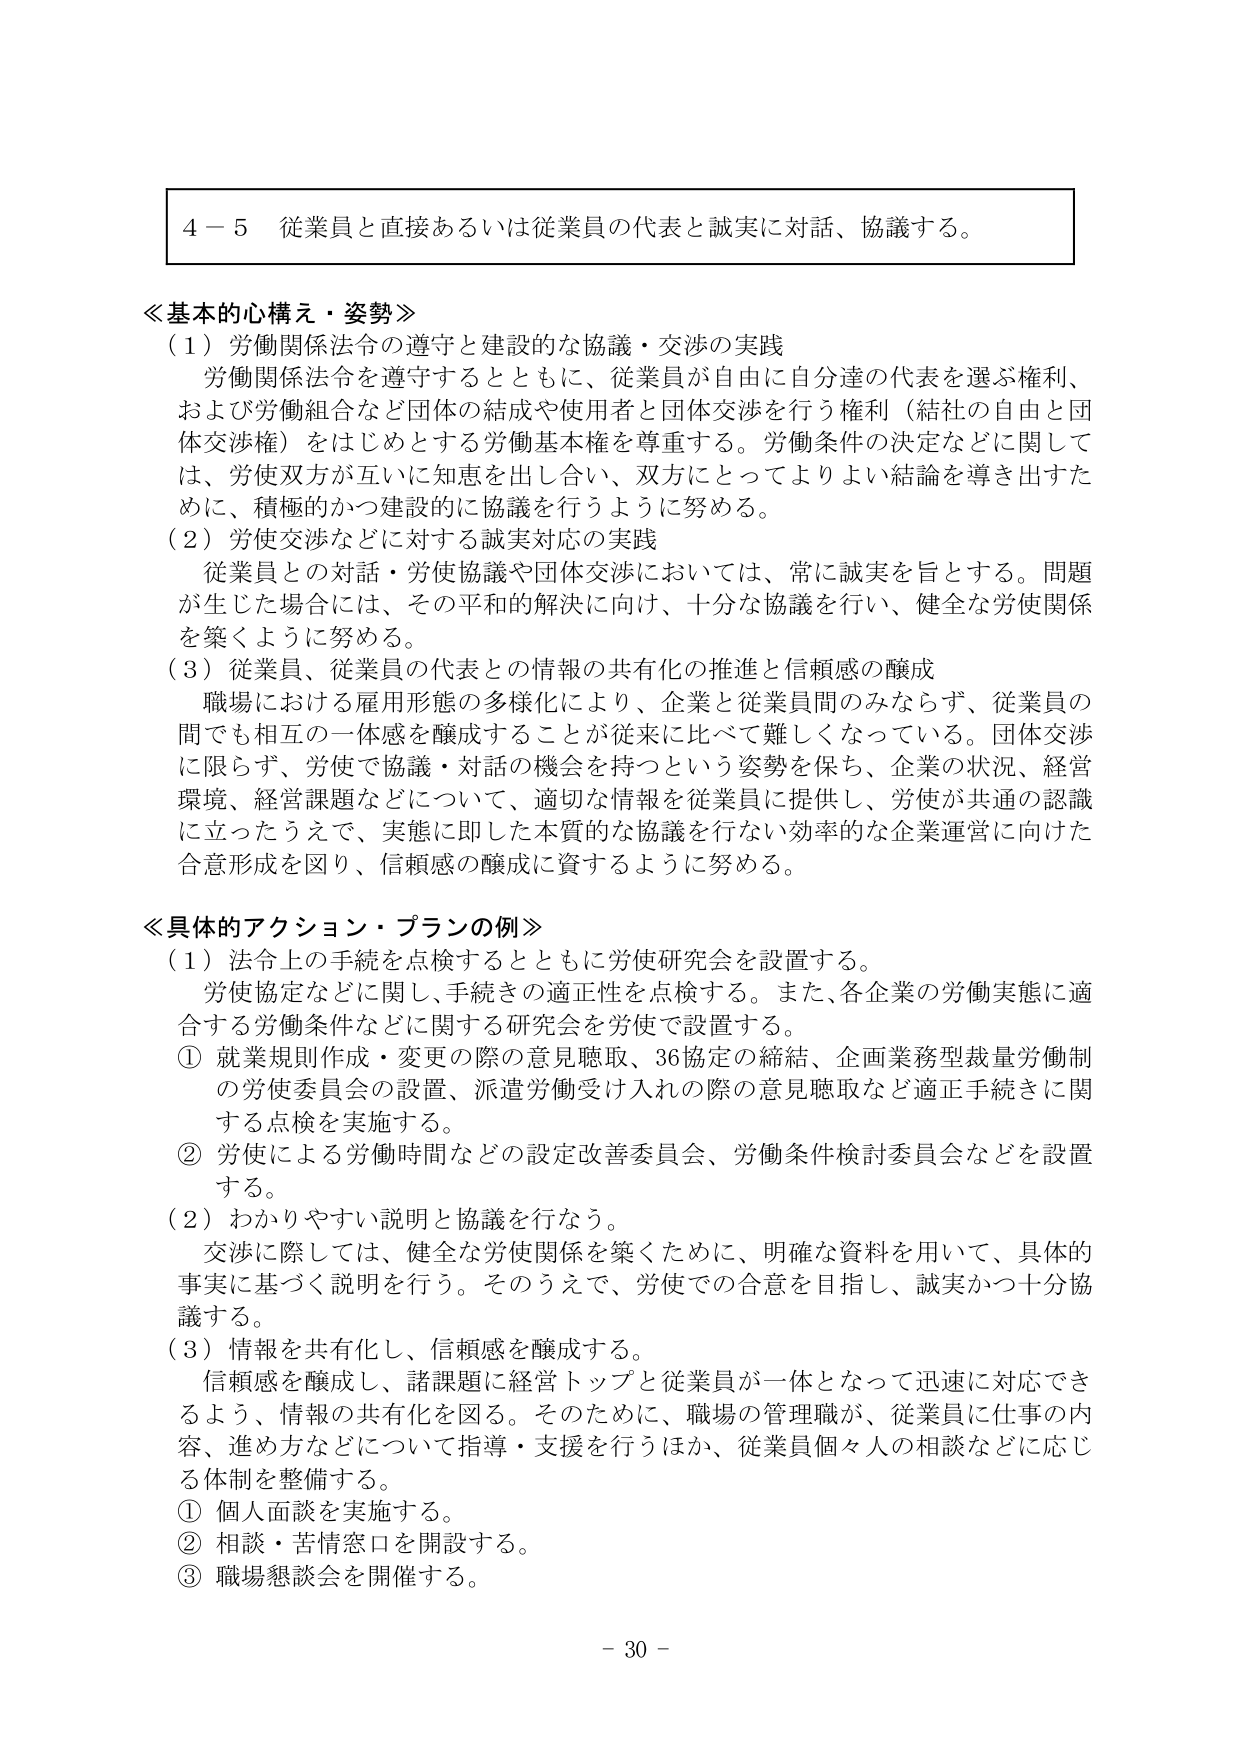
４－５ 従業員と直接あるいは従業員の代表と誠実に対話、協議する。

≪基本的心構え・姿勢≫
（１）労働関係法令の遵守と建設的な協議・交渉の実践
　労働関係法令を遵守するとともに、従業員が自由に自分達の代表を選ぶ権利、
および労働組合など団体の結成や使用者と団体交渉を行う権利（結社の自由と団
体交渉権）をはじめとする労働基本権を尊重する。労働条件の決定などに関して
は、労使双方が互いに知恵を出し合い、双方にとってよりよい結論を導き出すた
めに、積極的かつ建設的に協議を行うように努める。
（２）労使交渉などに対する誠実対応の実践
　従業員との対話・労使協議や団体交渉においては、常に誠実を旨とする。問題
が生じた場合には、その平和的解決に向け、十分な協議を行い、健全な労使関係
を築くように努める。
（３）従業員、従業員の代表との情報の共有化の推進と信頼感の醸成
　職場における雇用形態の多様化により、企業と従業員間のみならず、従業員の
間でも相互の一体感を醸成することが従来に比べて難しくなっている。団体交渉
に限らず、労使で協議・対話の機会を持つという姿勢を保ち、企業の状況、経営
環境、経営課題などについて、適切な情報を従業員に提供し、労使が共通の認識
に立ったうえで、実態に即した本質的な協議を行ない効率的な企業運営に向けた
合意形成を図り、信頼感の醸成に資するように努める。

≪具体的アクション・プランの例≫
（１）法令上の手続きを点検するとともに労使研究会を設置する。
　労使協定などに関して、手続きの適正性を点検する。また、各企業の労働実態に適
合する労働条件などに関する研究会を労使で設置する。
① 就業規則作成・変更の際の意見聴取、36協定の締結、企画業務型裁量労働制
の労使委員会の設置、派遣労働受け入れの際の意見聴取など適正手続きに関
する点検を実施する。
② 労使による労働時間などの設定改善委員会、労働条件検討委員会などを設置
する。
（２）わかりやすい説明と協議を行なう。
　交渉に際しては、健全な労使関係を築くために、明確な資料を用いて、具体的
事実に基づく説明を行う。そのうえで、労使での合意を目指し、誠実かつ十分協
議する。
（３）情報を共有化し、信頼感を醸成する。
　信頼感を醸成し、諸課題に経営トップと従業員が一体となって迅速に対応でき
るよう、情報の共有化を図る。そのため、職場の管理職が、従業員に仕事の内
容、進め方などについて指導・支援を行うほか、従業員個々人の相談などに応じ
る体制を整備する。
① 個人面談を実施する。
② 相談・苦情窓口を開設する。
③ 職場懇談会を開催する。

－ 30 －